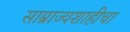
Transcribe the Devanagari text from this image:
साम्राज्यशाहीचा